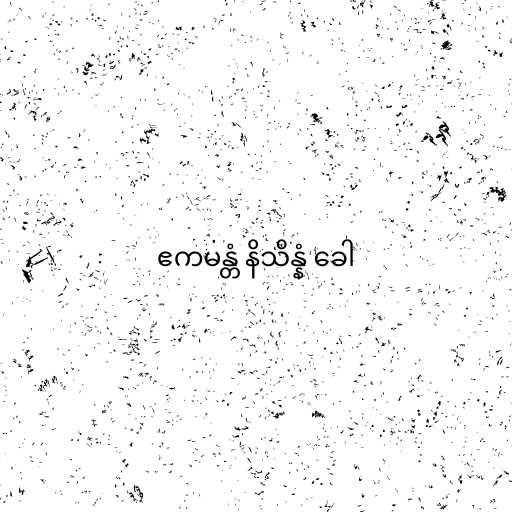
ဧကမန္တံ နိသိန္နံ ခေါ